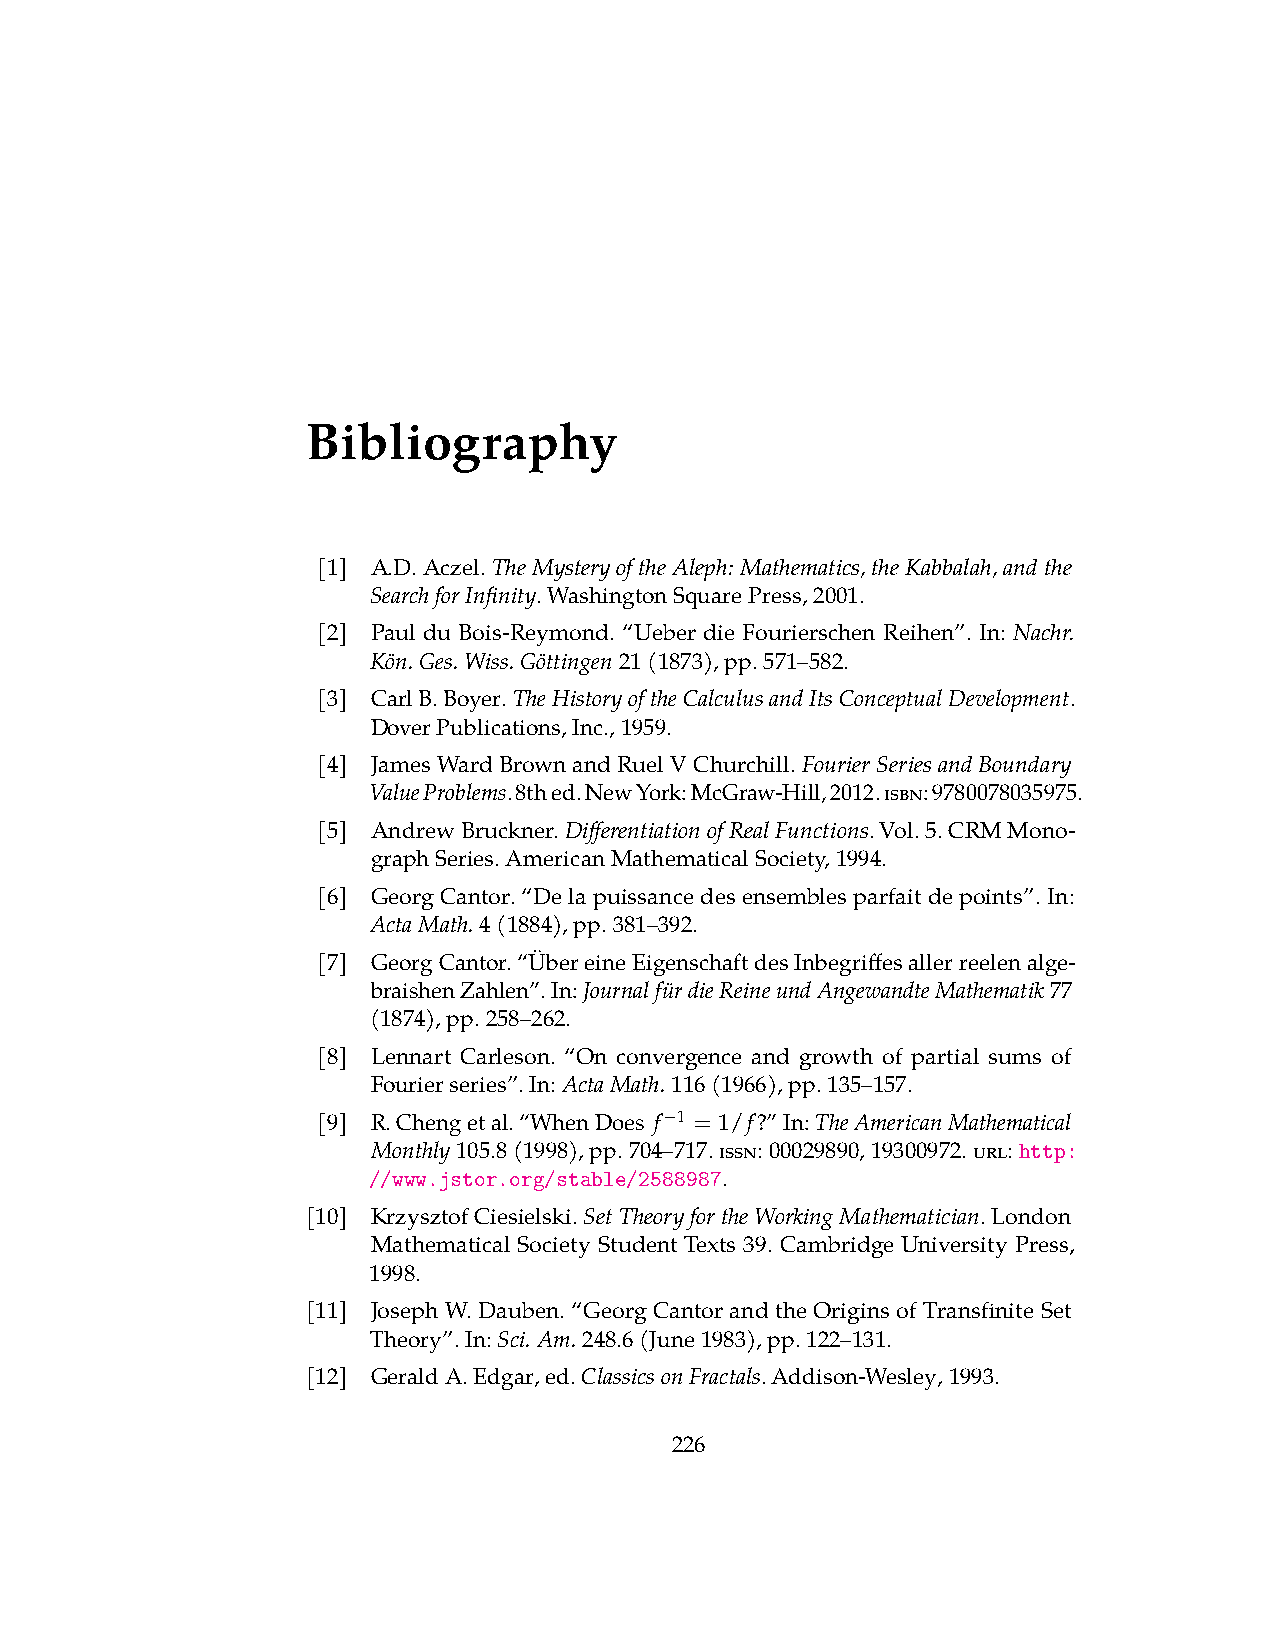
Bibliography
 [1] A.D.Aczel.
 TheMysteryoftheAleph:Mathematics,theKabbalah,andthe
 .WashingtonSquarePress,2001.
 SearchforInfinity
 [2] Paul du Bois-Reymond. “Ueber die Fourierschen Reihen”. In:
 Nachr.
 21(1873),pp.571–582.
 Kön.Ges.Wiss.Göttingen
 [3] CarlB.Boyer.                                  .
 TheHistoryoftheCalculusandItsConceptualDevelopment
 DoverPublications,Inc.,1959.
 [4] JamesWardBrownandRuelVChurchill.
 FourierSeriesandBoundary
 .8thed.NewYork:McGraw-Hill,2012.isbn:9780078035975.
 ValueProblems
 [5] AndrewBruckner.                  .Vol.5.CRMMono-
 DifferentiationofRealFunctions
 graphSeries.AmericanMathematicalSociety,1994.
 [6] GeorgCantor.“Delapuissancedesensemblesparfaitdepoints”.In:
 4(1884),pp.381–392.
 ActaMath.
 [7] GeorgCantor.“ÜbereineEigenschaftdesInbegriffesallerreelenalge-
 braishenZahlen”.In:                          77
 JournalfürdieReineundAngewandteMathematik
 (1874),pp.258–262.
 [8] Lennart Carleson. “On convergence and growth of partial sums of
 Fourierseries”.In: 116(1966),pp.135–157.
 ActaMath.
 [9] R.Chengetal.“WhenDoes f 1 = 1/f?”In: TheAmericanMathematical
 −
 Monthly105.8(1998),pp.704–717.issn:00029890,19300972.url:http:
 //www.jstor.org/stable/2588987.
 [10] KrzysztofCiesielski.                    .London
 SetTheoryfortheWorkingMathematician
 Mathematical Society Student Texts 39. Cambridge University Press,
 1998.
 [11] JosephW. Dauben.“Georg Cantorandthe OriginsofTransfiniteSet
 Theory”.In:    248.6(June1983),pp.122–131.
 Sci.Am.
 [12] GeraldA.Edgar,ed.        .Addison-Wesley,1993.
 ClassicsonFractals
 226